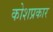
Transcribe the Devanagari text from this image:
कोशप्रकार